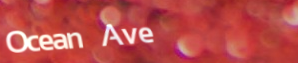
Ocean Ave